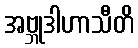
အဗ္ဘုဒါဟာသီတိ